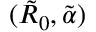
( \tilde { R } _ { 0 } , \tilde { \alpha } )